Report on sanitation, dispensaries, and jails in Rajputana for 1910, and on vaccination for the year 1910-1911 - 1910-1911
Year: 1910
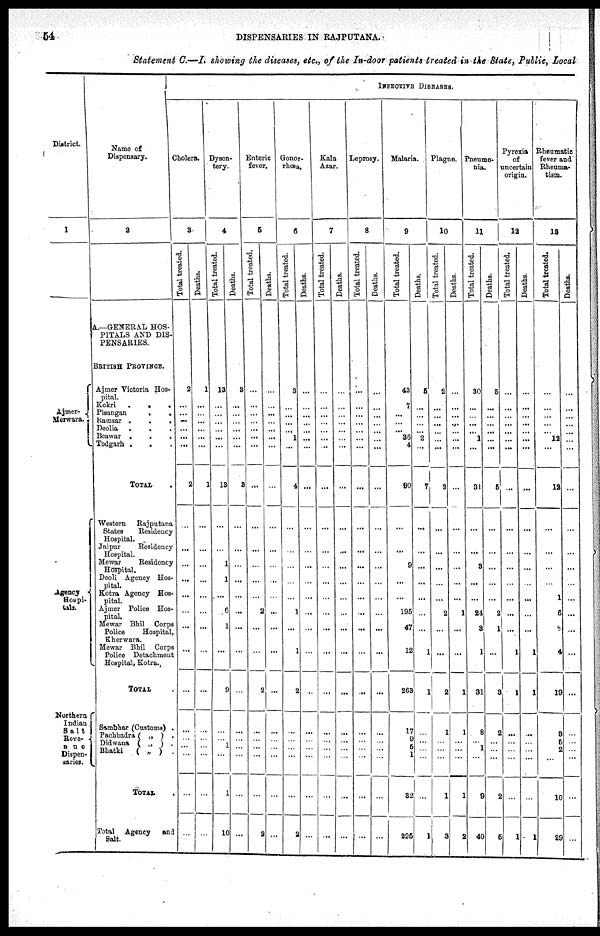
54
DISPENSARIES IN RAJPUTANA.
Statement C.—I.showing the diseases, etc., of the In-door patients treated in the State, Public, Local
District.
1
Ajmer-
Merwara.
Agency
Hospi-
tals.
Northern
Indian
Salt
Reve-
nue
Dispen-
saries.
Name of
Dispensary.
2
A.—GENERAL HOS-
PITALS AND DIS-
PENSARIES.
BRITISH PROVINCE.
Ajmer Victoria Hos-
pital.
Kekri
.
.
.
Pisangan . . . .
Ramsar
.
.
.
Deolia . . . .
Beawar . . . . .
Todgarh . . . .
TOTAL .
Western
Rajputana
States
Residency
Hospital.
Jaipur
Residency
Hospital.
Mewar
Residency
Hospital.
Deoli Agency Hos-
pital.
Kotra Agency Hos-
pital.
Ajmer Police Hos-
pital.
Mewar Bhil Corps
Police
Hospital,
Kherwara.
Mewar Bhil Corps
Police Detachment
Hospital, Kotra.
TOTAL .
Sambhar (Customs) .
Pachbadra ( „ ) .
Didwana ( „ ) .
Bhatki
( „ ) .
TOTAL .
Total Agency and
Salt.
INFECTIVE DISEASES.
Cholera.
3
Total treated.
2
...
...
...
...
...
...
2
...
...
...
...
...
...
...
...
...
...
...
...
...
...
...
Deaths.
1
...
...
...
...
...
...
1
...
...
...
...
...
...
...
...
...
...
...
...
...
...
...
Dysen-
tery.
4
Total treated.
13
...
...
...
...
...
...
13
...
...
1
1
...
6
1
...
9
...
...
1
...
1
10
Deaths.
8
...
...
...
...
...
...
3
...
...
...
...
...
...
...
...
...
...
...
...
...
...
...
Enteric
fever.
5
Total treated.
...
...
...
...
...
...
...
...
...
...
...
...
...
2
...
...
2
...
...
...
...
...
2
Deaths.
...
...
...
...
...
...
...
...
...
...
...
...
...
...
...
...
...
...
...
...
...
...
...
Gonor-
rhœa.
6
Total treated.
3
...
...
...
...
1
...
4
...
...
...
...
...
1
...
1
2
...
...
...
...
...
2
Deaths.
...
...
...
...
...
...
...
...
...
...
...
...
...
...
...
...
..
...
...
...
...
...
...
Kala
Azar.
7
Total treated.
...
...
...
...
...
...
...
...
...
...
...
...
...
...
...
...
...
...
...
...
...
...
...
Deaths.
...
...
...
...
...
...
...
...
...
...
...
...
...
...
...
...
...
...
...
...
...
...
...
Leprosy.
8
Total treated.
...
...
...
...
...
...
...
...
...
...
...
...
...
...
...
...
...
...
...
...
...
...
...
Deaths.
...
...
...
...
...
...
...
...
...
...
...
...
...
...
...
...
...
...
...
...
...
...
...
Malaria.
9
Total treated.
43
7
...
...
...
36
4
90
...
...
9
...
...
195
47
12
263
17
9
5
1
32
295
Deaths.
6
...
...
...
...
2
...
7
...
...
...
...
...
...
...
1
1
...
...
...
...
...
1
Plague.
10
Total treated.
2
...
...
...
...
...
...
2
...
...
...
...
...
2
...
...
2
1
...
...
...
1
3
Deaths.
...
...
...
...
...
...
...
...
...
...
...
...
...
1
...
...
1
1
...
...
...
1
2
Pneumo-
nia.
11
Total treated.
30
...
...
...
...
1
...
31
...
...
3
...
...
24
3
1
31
8
...
1
...
9
40
Deaths.
5
...
...
...
...
...
...
5
...
...
...
...
...
2
1
...
3
2
...
...
...
2
5
Pyrexia
of
uncertain
origin.
12
Total treated.
...
...
...
...
...
...
...
...
...
...
...
...
...
...
...
1
1
...
...
...
...
...
1
Deaths.
...
...
...
...
...
...
...
...
...
...
...
...
...
...
...
1
1
...
...
...
...
...
1
Rheumatic
fever and
Rheuma-
tism.
13
Total treated.
...
...
...
...
...
12
...
12
...
...
...
...
1
6
8
4
19
3
5
2
...
10
29
Deaths.
...
...
...
...
...
...
...
...
...
...
...
...
...
...
...
...
...
...
...
...
...
...
...